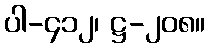
ပါ-၄၁၂၊ ဋ္ဌ-၂၀၈။